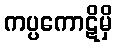
ကပ္ပကောဋိမှိ